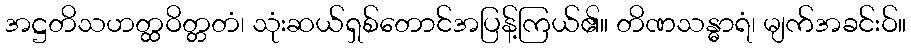
အဋ္ဌတိသဟတ္ထဝိတ္တတံ၊ သုံးဆယ်ရှစ်တောင်အပြန့်ကြယ်၏။ တိဏသန္ဓာရံ၊ မျက်အခင်းဝ်။